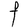
Character: F